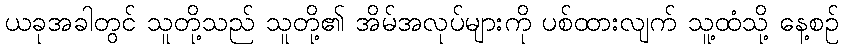
ယခုအခါတွင် သူတို့သည် သူတို့၏ အိမ်အလုပ်များကို ပစ်ထားလျက် သူ့ထံသို့ နေ့စဉ်